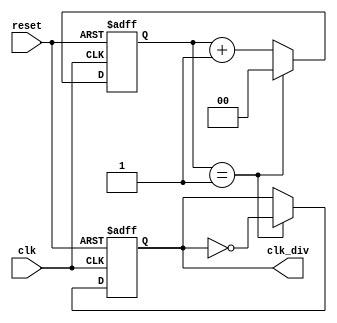
`timescale 1ns / 1ps
//////////////////////////////////////////////////////////////////////////////////
// Company: 
// Engineer: 
// 
// Design Name: 
// Module Name: reloj
// Project Name: 
// Target Devices: 
// Tool Versions: 
// Description: 
// 
// Dependencies: 
// 
// Revision:
// Revision 0.01 - File Created
// Additional Comments:
// 
//////////////////////////////////////////////////////////////////////////////////


module reloj(
    input clk,
    input reset, 
    output clk_div
    );
    
    localparam num_div = 2;
    reg falta;
    reg [1:0] count;     
    always @ (posedge (clk), posedge (reset))
    begin
        if (reset == 1'b1)
            count <= 2'b0;
        else if (count == num_div - 1)
            count <= 2'b0;
        else 
            count <= count + 1;
    end
    
    always @ (posedge (clk), posedge (reset))
    begin
        if (reset == 1'b1)
                falta <= 2'b0;
        else if (count == num_div - 1)
                falta <= ~falta;
        else 
                falta <= falta;
    end
    assign clk_div = falta;
endmodule